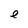
Character: e